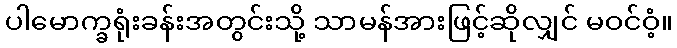
ပါမောက္ခရုံးခန်းအတွင်းသို့ သာမန်အားဖြင့်ဆိုလျှင် မဝင်ဝံ့။